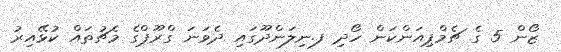
ޒޯން 5 ގެ ޗެމްޕިއަންކަން ހޯދި ފ.ނިލަންދޫގައި ދެވަނަ ގްރޫޕްގެ މެޗުތައް ކުޅޭއިރު